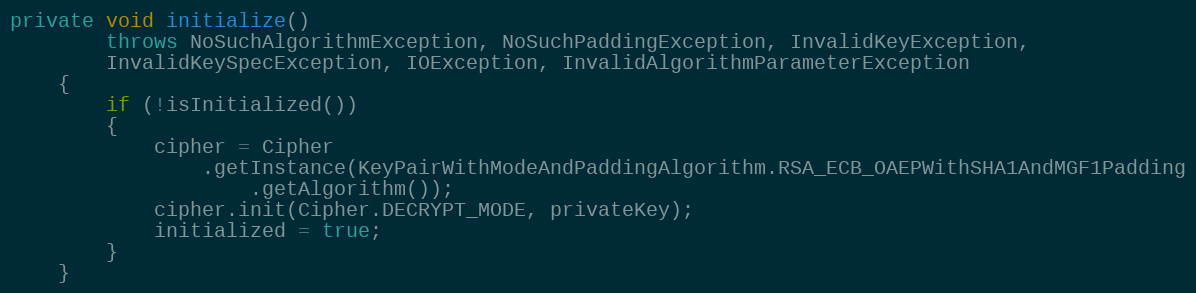
Language: Java
private void initialize()
		throws NoSuchAlgorithmException, NoSuchPaddingException, InvalidKeyException,
		InvalidKeySpecException, IOException, InvalidAlgorithmParameterException
	{
		if (!isInitialized())
		{
			cipher = Cipher
				.getInstance(KeyPairWithModeAndPaddingAlgorithm.RSA_ECB_OAEPWithSHA1AndMGF1Padding
					.getAlgorithm());
			cipher.init(Cipher.DECRYPT_MODE, privateKey);
			initialized = true;
		}
	}